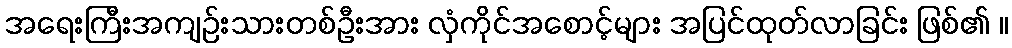
အရေးကြီးအကျဉ်းသားတစ်ဦးအား လှံကိုင်အစောင့်များ အပြင်ထုတ်လာခြင်း ဖြစ်၏ ။